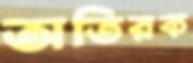
অতিরক